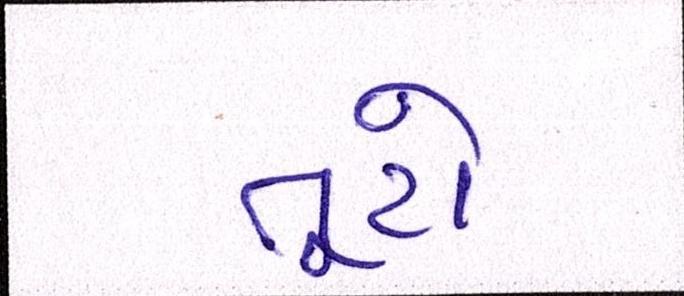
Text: તૂટો